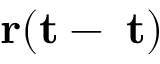
\bf { r } ( t - \delta t )